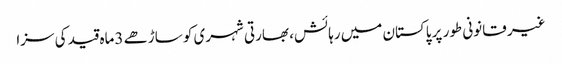
غیر قانونی طور پر پاکستان میں رہائش، بھارتی شہری کو ساڑھے 3ماہ قید کی سزا